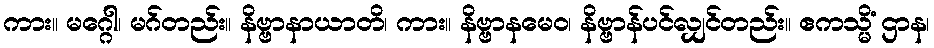
ကား။ မဂ္ဂေါ၊ မဂ်တည်း။ နိဗ္ဗာနာယာတိ၊ ကား။ နိဗ္ဗာနမေဝ၊ နိဗ္ဗာန်ပင်လျှင်တည်း။ ဧကသ္မိံ ဌာန၊